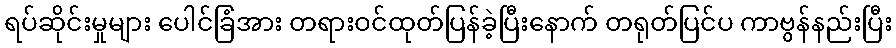
ရပ်ဆိုင်းမှုများ ပေါင်ခြံအား တရားဝင်ထုတ်ပြန်ခဲ့ပြီးနောက် တရုတ်ပြင်ပ ကာဗွန်နည်းပြီး